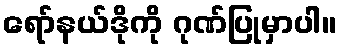
ရော်နယ်ဒိုကို ဂုဏ်ပြုမှာပါ။